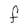
Character: F